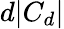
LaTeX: d|C_{d}|